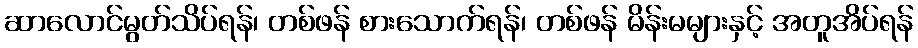
ဆာလောင်မွတ်သိပ်ရန်၊ တစ်ဖန် စားသောက်ရန်၊ တစ်ဖန် မိန်းမများနှင့် အတူအိပ်ရန်